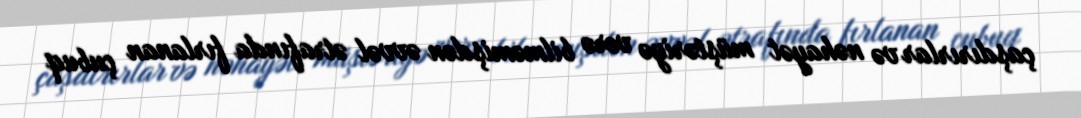
çaşdırırlar və nəhayət müştəriyə verə bilməmişdən əvvəl ətrafında fırlanan çubuq